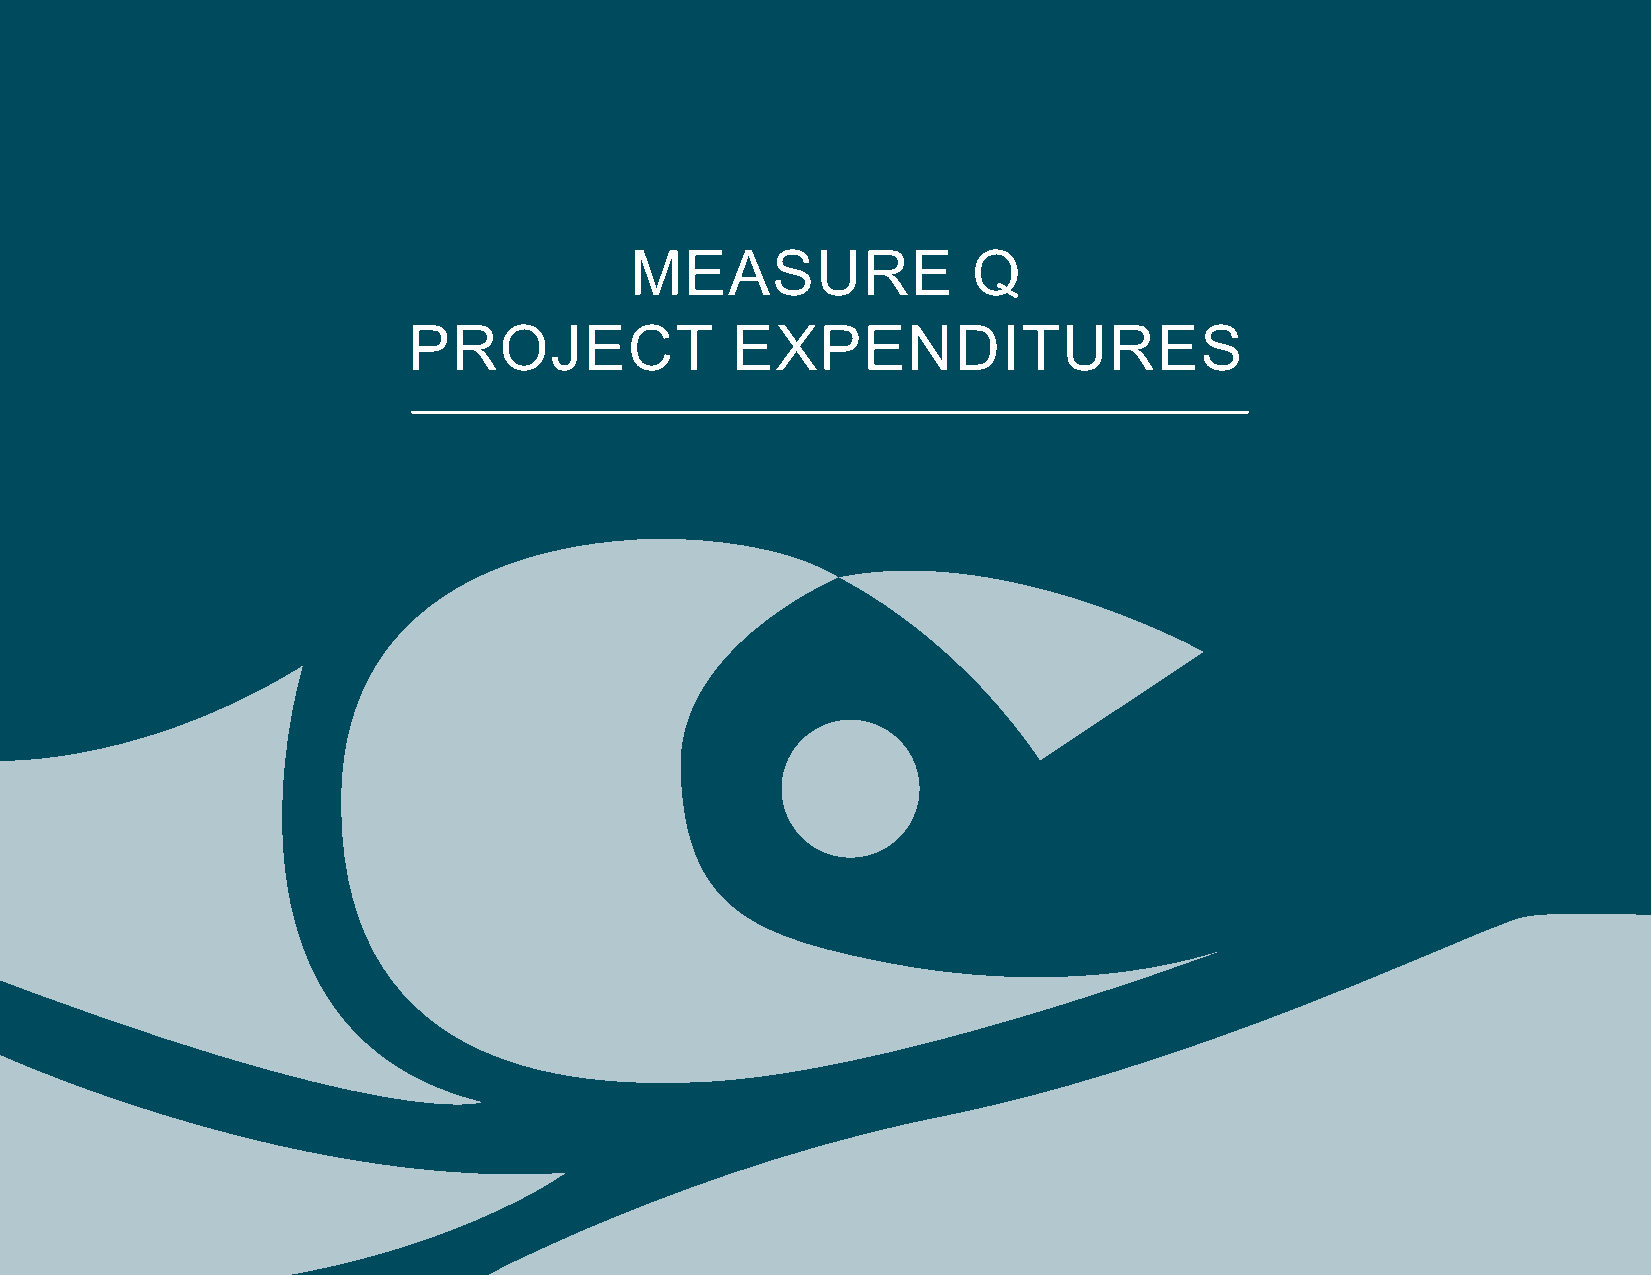
MEASURE               Q
 PROJECT              EXPENDITURES
 63              Huntington Beach City School District | 2019-2020 Annual Report